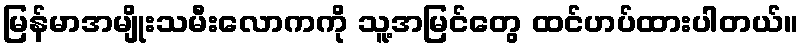
မြန်မာအမျိုးသမီးလောကကို သူ့အမြင်တွေ ထင်ဟပ်ထားပါတယ်။